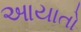
આયાતો